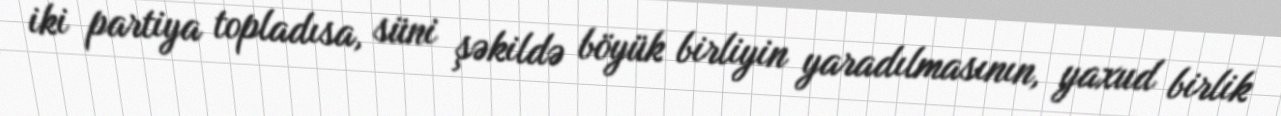
iki partiya topladısa, süni şəkildə böyük birliyin yaradılmasının, yaxud birlik